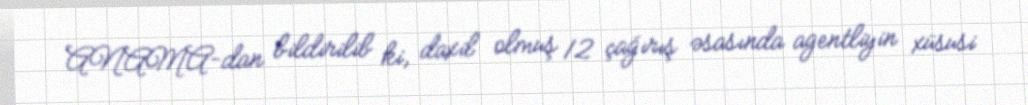
ANAMA-dan bildirilib ki, daxil olmuş 12 çağırış əsasında agentliyin xüsusi